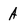
Character: A